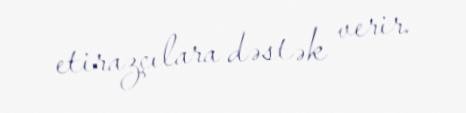
etirazçılara dəstək verir.